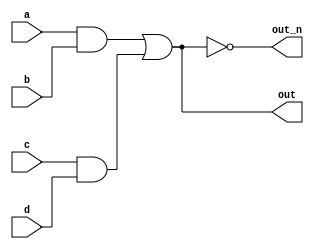
module top_module(
    input a,
    input b,
    input c,
    input d,
    output out,
    output out_n
);
    wire a_bAnd = a&b;
    wire c_dAnd = c&d;
    wire aband_cdandOr = a_bAnd|c_dAnd;
    assign out = aband_cdandOr;
    assign out_n = !aband_cdandOr;
endmodule